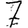
Digit: 7